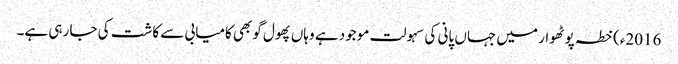
2016ء)خطہ پوٹھوار میں جہاں پانی کی سہولت موجود ہے وہاں پھول گوبھی کامیابی سے کاشت کی جا رہی ہے۔